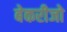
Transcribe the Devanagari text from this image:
बेकरीजो